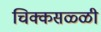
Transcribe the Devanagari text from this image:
चिक्कसळ्ळी